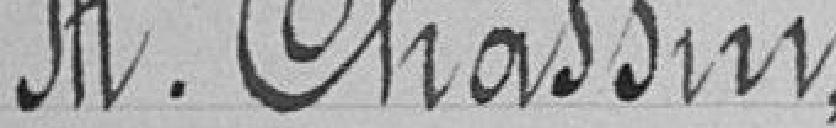
JH. Chassin,